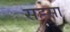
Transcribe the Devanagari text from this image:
सह्सा